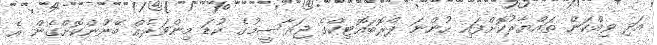
އަދި ވިއްކަން ތައްޔާރުކޮށްފައި ހުންނަ ޕްރޮބައޮޓިކްގެ ޖަރާސީމުގެ ކުޑަ މިންވަރެއް ބޭނުންކޮށްގެން އެ